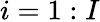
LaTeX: i=1:I